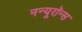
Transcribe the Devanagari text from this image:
नन्यूरॉन्स